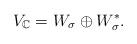
LaTeX: \begin{align*}V_\mathbb{C}=W_\sigma \oplus W_\sigma^*.\end{align*}